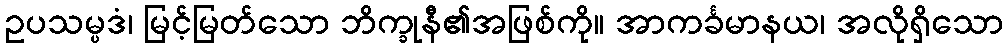
ဥပသမ္ပဒံ၊ မြင့်မြတ်သော ဘိက္ခုနီ၏အဖြစ်ကို။ အာကင်္ခမာနယ၊ အလိုရှိသော